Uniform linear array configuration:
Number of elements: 12
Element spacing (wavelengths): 1
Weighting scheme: hamming
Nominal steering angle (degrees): -15
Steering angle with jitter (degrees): -13.138
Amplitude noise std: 0.05
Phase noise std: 0.05

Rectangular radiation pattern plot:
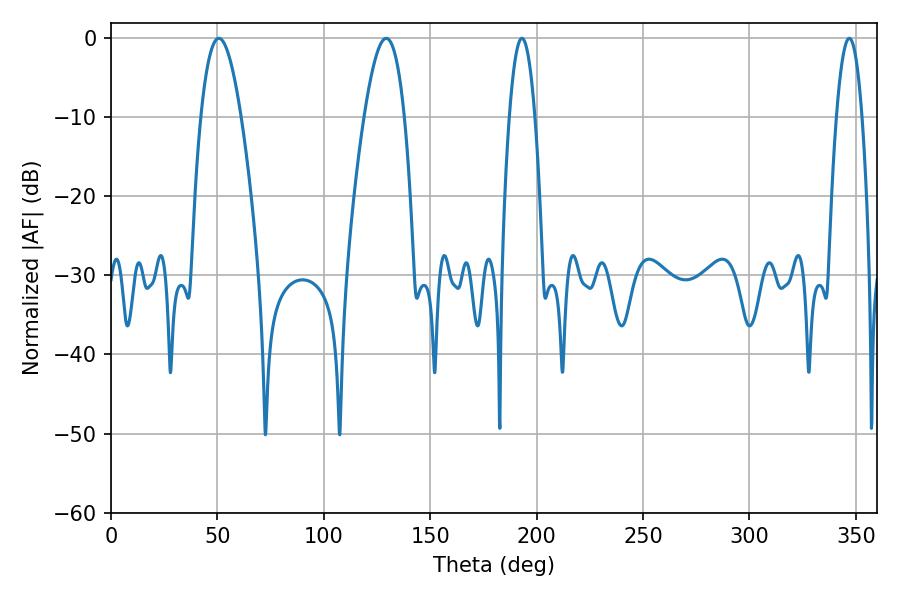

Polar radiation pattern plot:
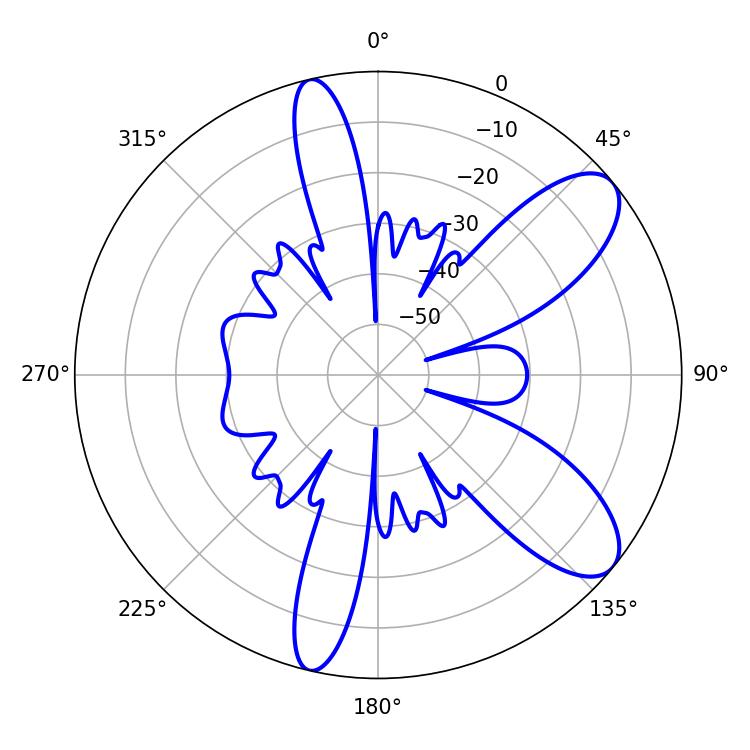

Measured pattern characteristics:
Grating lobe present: TRUE
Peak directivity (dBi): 9.122
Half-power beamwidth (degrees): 6.66
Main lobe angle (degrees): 193.14